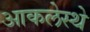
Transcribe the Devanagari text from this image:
आकलेस्थे